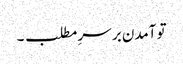
تو آمدن بر سرِ مطلب ۔